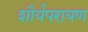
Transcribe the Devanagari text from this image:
शौर्यपरायण